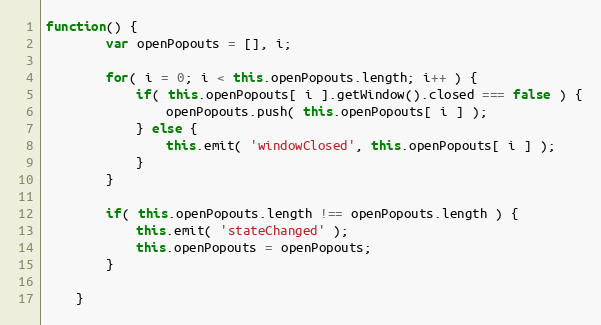
Language: JavaScript
function() {
		var openPopouts = [], i;

		for( i = 0; i < this.openPopouts.length; i++ ) {
			if( this.openPopouts[ i ].getWindow().closed === false ) {
				openPopouts.push( this.openPopouts[ i ] );
			} else {
				this.emit( 'windowClosed', this.openPopouts[ i ] );
			}
		}

		if( this.openPopouts.length !== openPopouts.length ) {
			this.emit( 'stateChanged' );
			this.openPopouts = openPopouts;
		}

	}